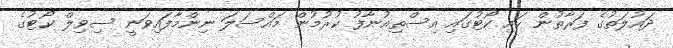
ދައުލަތުގެ ފަރާތުން ހައި ކޯޓުގައި އިސްތިއުނާފު ކުރުމުން މައްސަލަ ނިންމާފައިވަނީ ސިވިލް ކޯޓުގެ